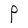
Character: P